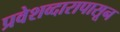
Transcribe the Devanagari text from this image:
प्रवेशव्दारापासून